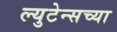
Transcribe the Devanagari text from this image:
ल्युटेन्सच्‍या